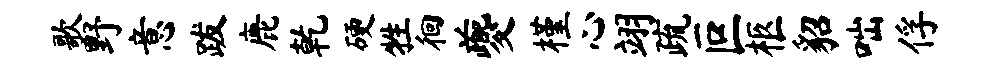
歌野意跋鹿乾硬牲徊夔槿心翊疏叵柩貂咄俘